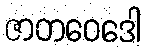
ဇာတဝေဒေါ